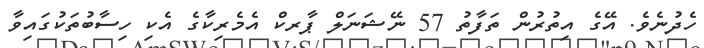
ހެދުނެވެ. އޭގެ އިތުރުން ތަފާތު 57 ނޭޝަނަލް ޕާރކް އެމެރިކާގެ އެކި ހިސާބުތަކުގައިވާ